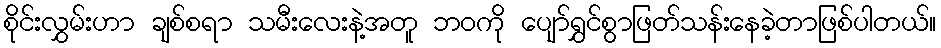
စိုင်းလွှမ်းဟာ ချစ်စရာ သမီးလေးနဲ့အတူ ဘဝကို ပျော်ရွှင်စွာဖြတ်သန်းနေခဲ့တာဖြစ်ပါတယ်။